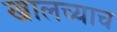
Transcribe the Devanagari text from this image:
खालच्याच